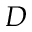
D